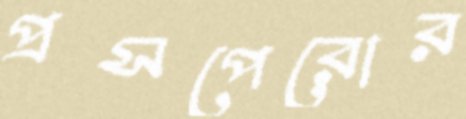
প্রসপেরোর